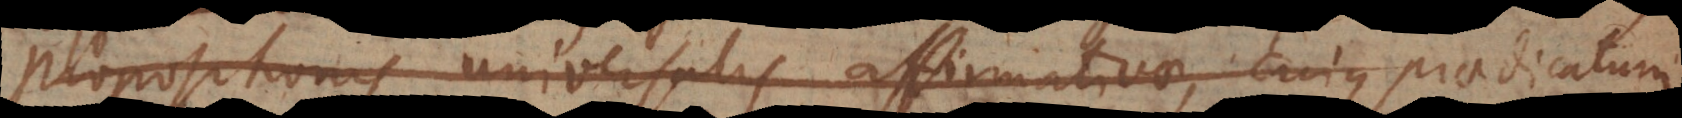
propositionis universalis affirmativae, cujus praedicatum